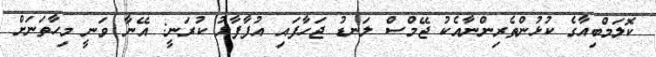
ކޮލަމްބިއާގެ ކުޅުންތެރިންނާއެކު ޖޭމްސް ލަނޑު ޖަހާފައި އުފާފާޅު ކުރަނީ: އޭނާ ވަނީ މިހާތަނަށް